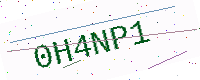
Text: 0H4NP1